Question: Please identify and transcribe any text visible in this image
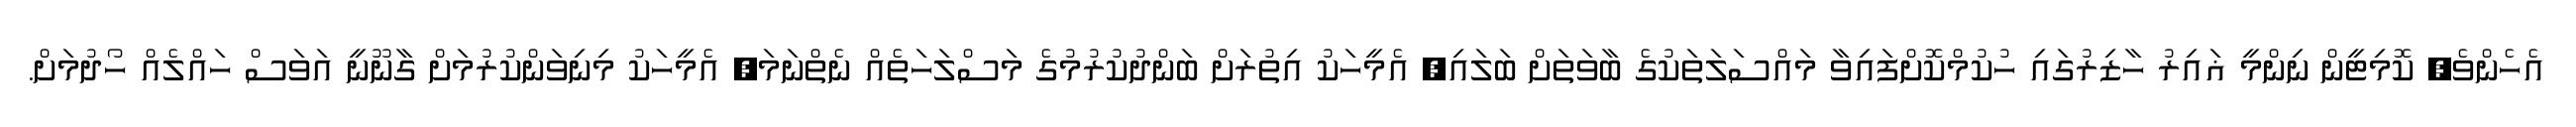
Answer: އެހެންވެ, ކޮމިޓީން ނިންމީ ޣައިރު ހާޒިރުގައި ހުކުމްކޮށްފައިވާ މައްސަލަތަކުގެ ބާވަތަށް ބަލައި, އެމީހަކު އިތުރަށް ބަންދުކުރުމުގެ މަސްލަހަތެއް ނެތްނަމަ, އެމީހަކު މިނިވަންކުރުމަށް ގާނޫނީ އަވަސް ހައްލެއް ހޯދުމަށް.